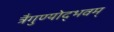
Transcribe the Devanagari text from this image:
त्रैगुण्योद्भवम्